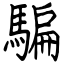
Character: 騙